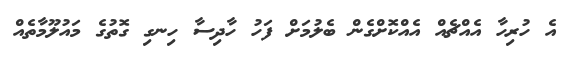
އެ ހުރިހާ އެއްޗެއް އެއްކޮށްގެން ބެލުމަށް ފަހު ހާދިސާ ހިނގި ގޮތުގެ މައުލޫމާތެއް